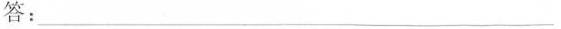
答：___